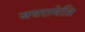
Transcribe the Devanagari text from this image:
जयरामेति